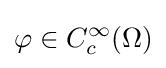
\varphi \in C_{c}^{\infty }(\Omega )